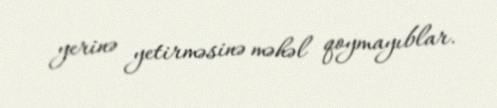
yerinə yetirməsinə məhəl qoymayıblar.